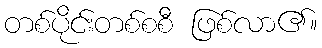
တစ်ပိုင်းတစ်စစီ ဖြစ်လာ၏။